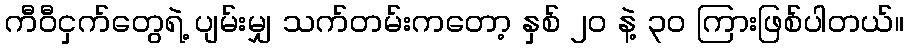
ကီဝီငှက်တွေရဲ့ ပျမ်းမျှ သက်တမ်းကတော့ နှစ် ၂ဝ နဲ့ ၃၀ ကြားဖြစ်ပါတယ်။